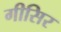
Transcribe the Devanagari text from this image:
गीसिर